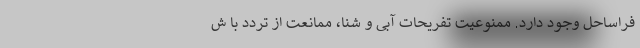
فراساحل وجود دارد. ممنوعیت تفریحات آبی و شنا، ممانعت از تردد با ش